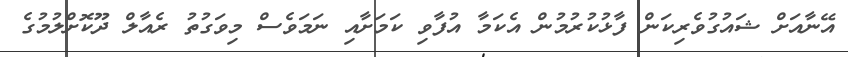
އޭނާއަށް ޝައުގުވެރިކަން ފާޅުކުރުމުން އެކަމާ އުފާވި ކަމަށާއި ނަމަވެސް މިވަގުތު ރެއާލް ދޫކޮށްލުމުގެ